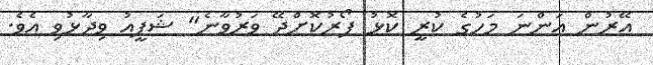
އޭރުން އަންނަ މަހުގެ ކުރީ ކޮޅު ފޯރުކޮށްދޭ ވަރުވާނެ" ޝަފީއު ވިދާޅުވި އެވެ.